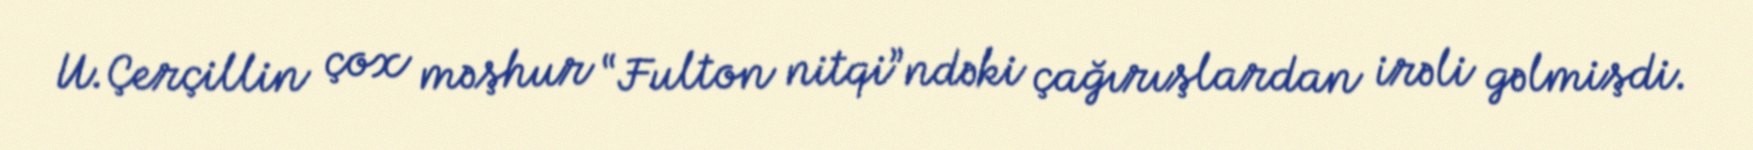
U.Çerçillin çox məşhur “Fulton nitqi”ndəki çağırışlardan irəli gəlmişdi.